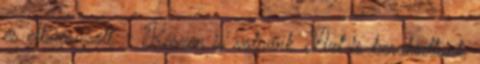
és elbúcsúzott. - Készen is volnánk. Azt is berakodtunk,